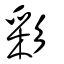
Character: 彩